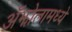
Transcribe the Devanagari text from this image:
ॲझोलामध्ये